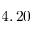
4 , 2 0